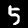
Label: 5